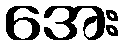
အေး